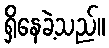
ရှိနေခဲ့သည်။